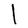
Character: l